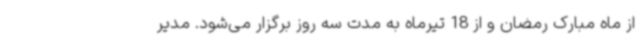
از ماه مبارک رمضان و از 18 تیرماه به مدت سه روز برگزار می‌شود. مدیر